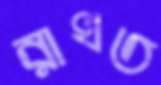
রাখত